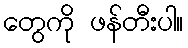
တွေကို ဖန်တီးပါ။